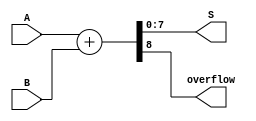
module parameterized_adder #(
    parameter N = 8 // Default parameter value for bit-width
) (
    input  [N-1:0] A, // Input operand A
    input  [N-1:0] B, // Input operand B
    output [N-1:0] S, // Output sum
    output          overflow // Overflow flag
);

    // Internal wire for sum
    wire [N:0] temp_sum; // N+1 bits for overflow detection

    // Sum calculation
    assign temp_sum = A + B;
    assign S = temp_sum[N-1:0]; // Assign lower N bits to output sum
    assign overflow = temp_sum[N]; // Assign the Nth bit as overflow flag

endmodule